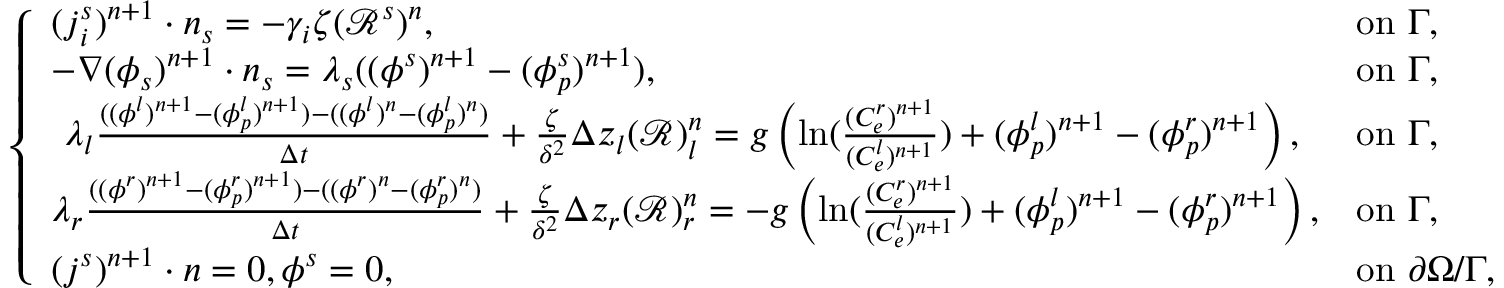
\left\{ \begin{array} { l l } { ( \boldsymbol { j } _ { i } ^ { s } ) ^ { n + 1 } \cdot \boldsymbol { n } _ { s } = - \gamma _ { i } \zeta ( \mathcal { R } ^ { s } ) ^ { n } , } & { \mathrm { o n ~ } \Gamma , } \\ { - \nabla ( \phi _ { s } ) ^ { n + 1 } \cdot \boldsymbol { n } _ { s } = \lambda _ { s } ( ( \phi ^ { s } ) ^ { n + 1 } - ( \phi _ { p } ^ { s } ) ^ { n + 1 } ) , } & { \mathrm { o n ~ } \Gamma , } \\ { ~ \lambda _ { l } \frac { ( ( \phi ^ { l } ) ^ { n + 1 } - ( \phi _ { p } ^ { l } ) ^ { n + 1 } ) - ( ( \phi ^ { l } ) ^ { n } - ( \phi _ { p } ^ { l } ) ^ { n } ) } { \Delta t } + \frac { \zeta } { \delta ^ { 2 } } \Delta z _ { l } ( \mathcal { R } ) _ { l } ^ { n } = g \left( \ln ( \frac { ( C _ { e } ^ { r } ) ^ { n + 1 } } { ( C _ { e } ^ { l } ) ^ { n + 1 } } ) + ( \phi _ { p } ^ { l } ) ^ { n + 1 } - ( \phi _ { p } ^ { r } ) ^ { n + 1 } \right) , } & { \mathrm { o n ~ } \Gamma , } \\ { \lambda _ { r } \frac { ( ( \phi ^ { r } ) ^ { n + 1 } - ( \phi _ { p } ^ { r } ) ^ { n + 1 } ) - ( ( \phi ^ { r } ) ^ { n } - ( \phi _ { p } ^ { r } ) ^ { n } ) } { \Delta t } + \frac { \zeta } { \delta ^ { 2 } } \Delta z _ { r } ( \mathcal { R } ) _ { r } ^ { n } = - g \left( \ln ( \frac { ( C _ { e } ^ { r } ) ^ { n + 1 } } { ( C _ { e } ^ { l } ) ^ { n + 1 } } ) + ( \phi _ { p } ^ { l } ) ^ { n + 1 } - ( \phi _ { p } ^ { r } ) ^ { n + 1 } \right) , } & { \mathrm { o n ~ } \Gamma , } \\ { ( \boldsymbol { j } ^ { s } ) ^ { n + 1 } \cdot \boldsymbol { n } = 0 , \phi ^ { s } = 0 , } & { \mathrm { o n ~ } \partial \Omega / \Gamma , } \end{array} \right.